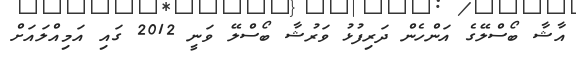
އާޝާ ބޯސްލޭގެ އަންހެން ދަރިފުޅު ވަރުޝާ ބޯސްލޭ ވަނީ 2012 ގައި އަމިއްލައަށް